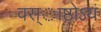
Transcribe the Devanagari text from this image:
वस्ाष्ठोऽयं